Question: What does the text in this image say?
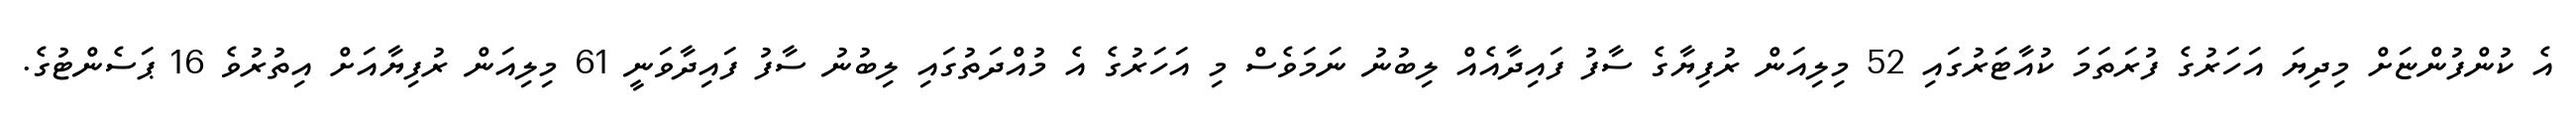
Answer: އެ ކުންފުންޏަށް މިދިޔަ އަހަރުގެ ފުރަތަމަ ކުއާޓަރުގައި 52 މިލިއަން ރުފިޔާގެ ސާފު ފައިދާއެއް ލިބުނު ނަމަވެސް މި އަހަރުގެ އެ މުއްދަތުގައި ލިބުނު ސާފު ފައިދާވަނީ 61 މިލިއަން ރުފިޔާއަށް އިތުރުވެ 16 ޕަސެންޓުގެ.